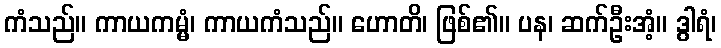
ကံသည်။ ကာယကမ္မံ၊ ကာယကံသည်။ ဟောတိ၊ ဖြစ်၏။ ပန၊ ဆက်ဦးအံ့။ ဒွါရံ၊